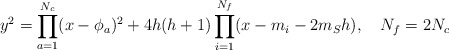
\begin{align*}y^2=\prod_{a=1}^{N_c}(x-\phi_a)^2+4h(h+1)\prod_{i=1}^{N_f}(x-m_i-2m_S h), ~~~N_f=2N_c\end{align*}